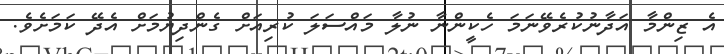
އެ ޒިންމާ އަދާނުކުރެވޭނަމަ ހެކީންނާ ނުލާ މައްސަލަ ކުރިއަށް ގެންދިޔުމަށް އެދޭ ކަމަށެވެ.